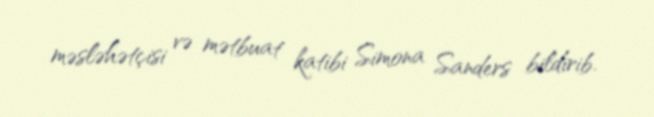
məsləhətçisi və mətbuat katibi Simona Sanders bildirib.